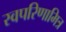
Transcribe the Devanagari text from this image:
स्वपरिणामित्र